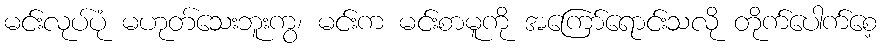
မင်းလုပ်ပုံ မဟုတ်သေးဘူးကွ၊ မင်းက မင်းစာမူကို အကြော်ရောင်းသလို တိုက်ပေါက်စေ့